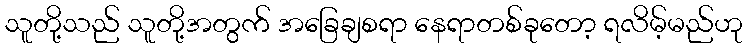
သူတို့သည် သူတို့အတွက် အခြေချစရာ နေရာတစ်ခုတော့ ရလိမ့်မည်ဟု